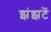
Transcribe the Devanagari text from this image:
झंझटें